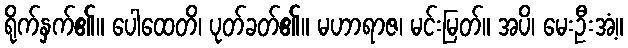
ရိုက်နှက်၏။ ပေါထေတိ၊ ပုတ်ခတ်၏။ မဟာရာဇ၊ မင်းမြတ်။ အပိ၊ မေးဦးအံ့။